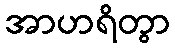
အာဟရိတွာ